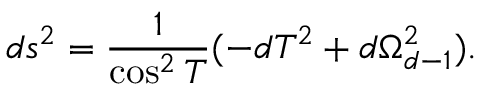
d s ^ { 2 } = { \frac { 1 } { \cos ^ { 2 } T } } ( - d T ^ { 2 } + d \Omega _ { d - 1 } ^ { 2 } ) .